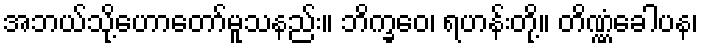
အဘယ်သို့ဟောတော်မူသနည်း။ ဘိက္ခဝေ၊ ရဟန်းတို့။ တိဏ္ဏံခေါပန၊